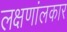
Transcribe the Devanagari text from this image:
लक्षणांलकार